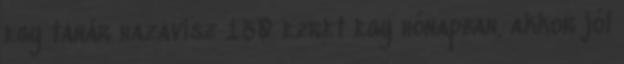
egy tanár hazavisz 150 ezret egy hónapban, akkor jól